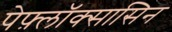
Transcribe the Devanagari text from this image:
पेफ़्लॉक्सासिन